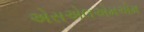
એસએલએમએમ